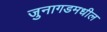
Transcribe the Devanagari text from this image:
जुनागडमधील